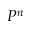
P ^ { n }